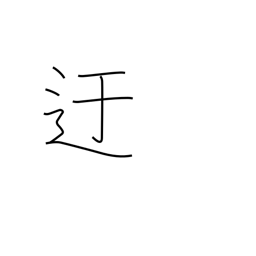
Meaning: roundabout way